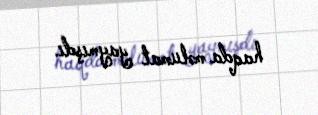
haqda məlumat yaymışdı.